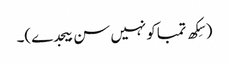
(سِکھ تمباکو نہیں سن بیجدے)۔